Bréfritari: Björn Ólafsson
Viðtakandi: Jón Borgfirðings Jónsson
Dagsetning: A-1866-12-28
Skrifað á: Ytri-Hlíð  N-Múl.
Óvíst

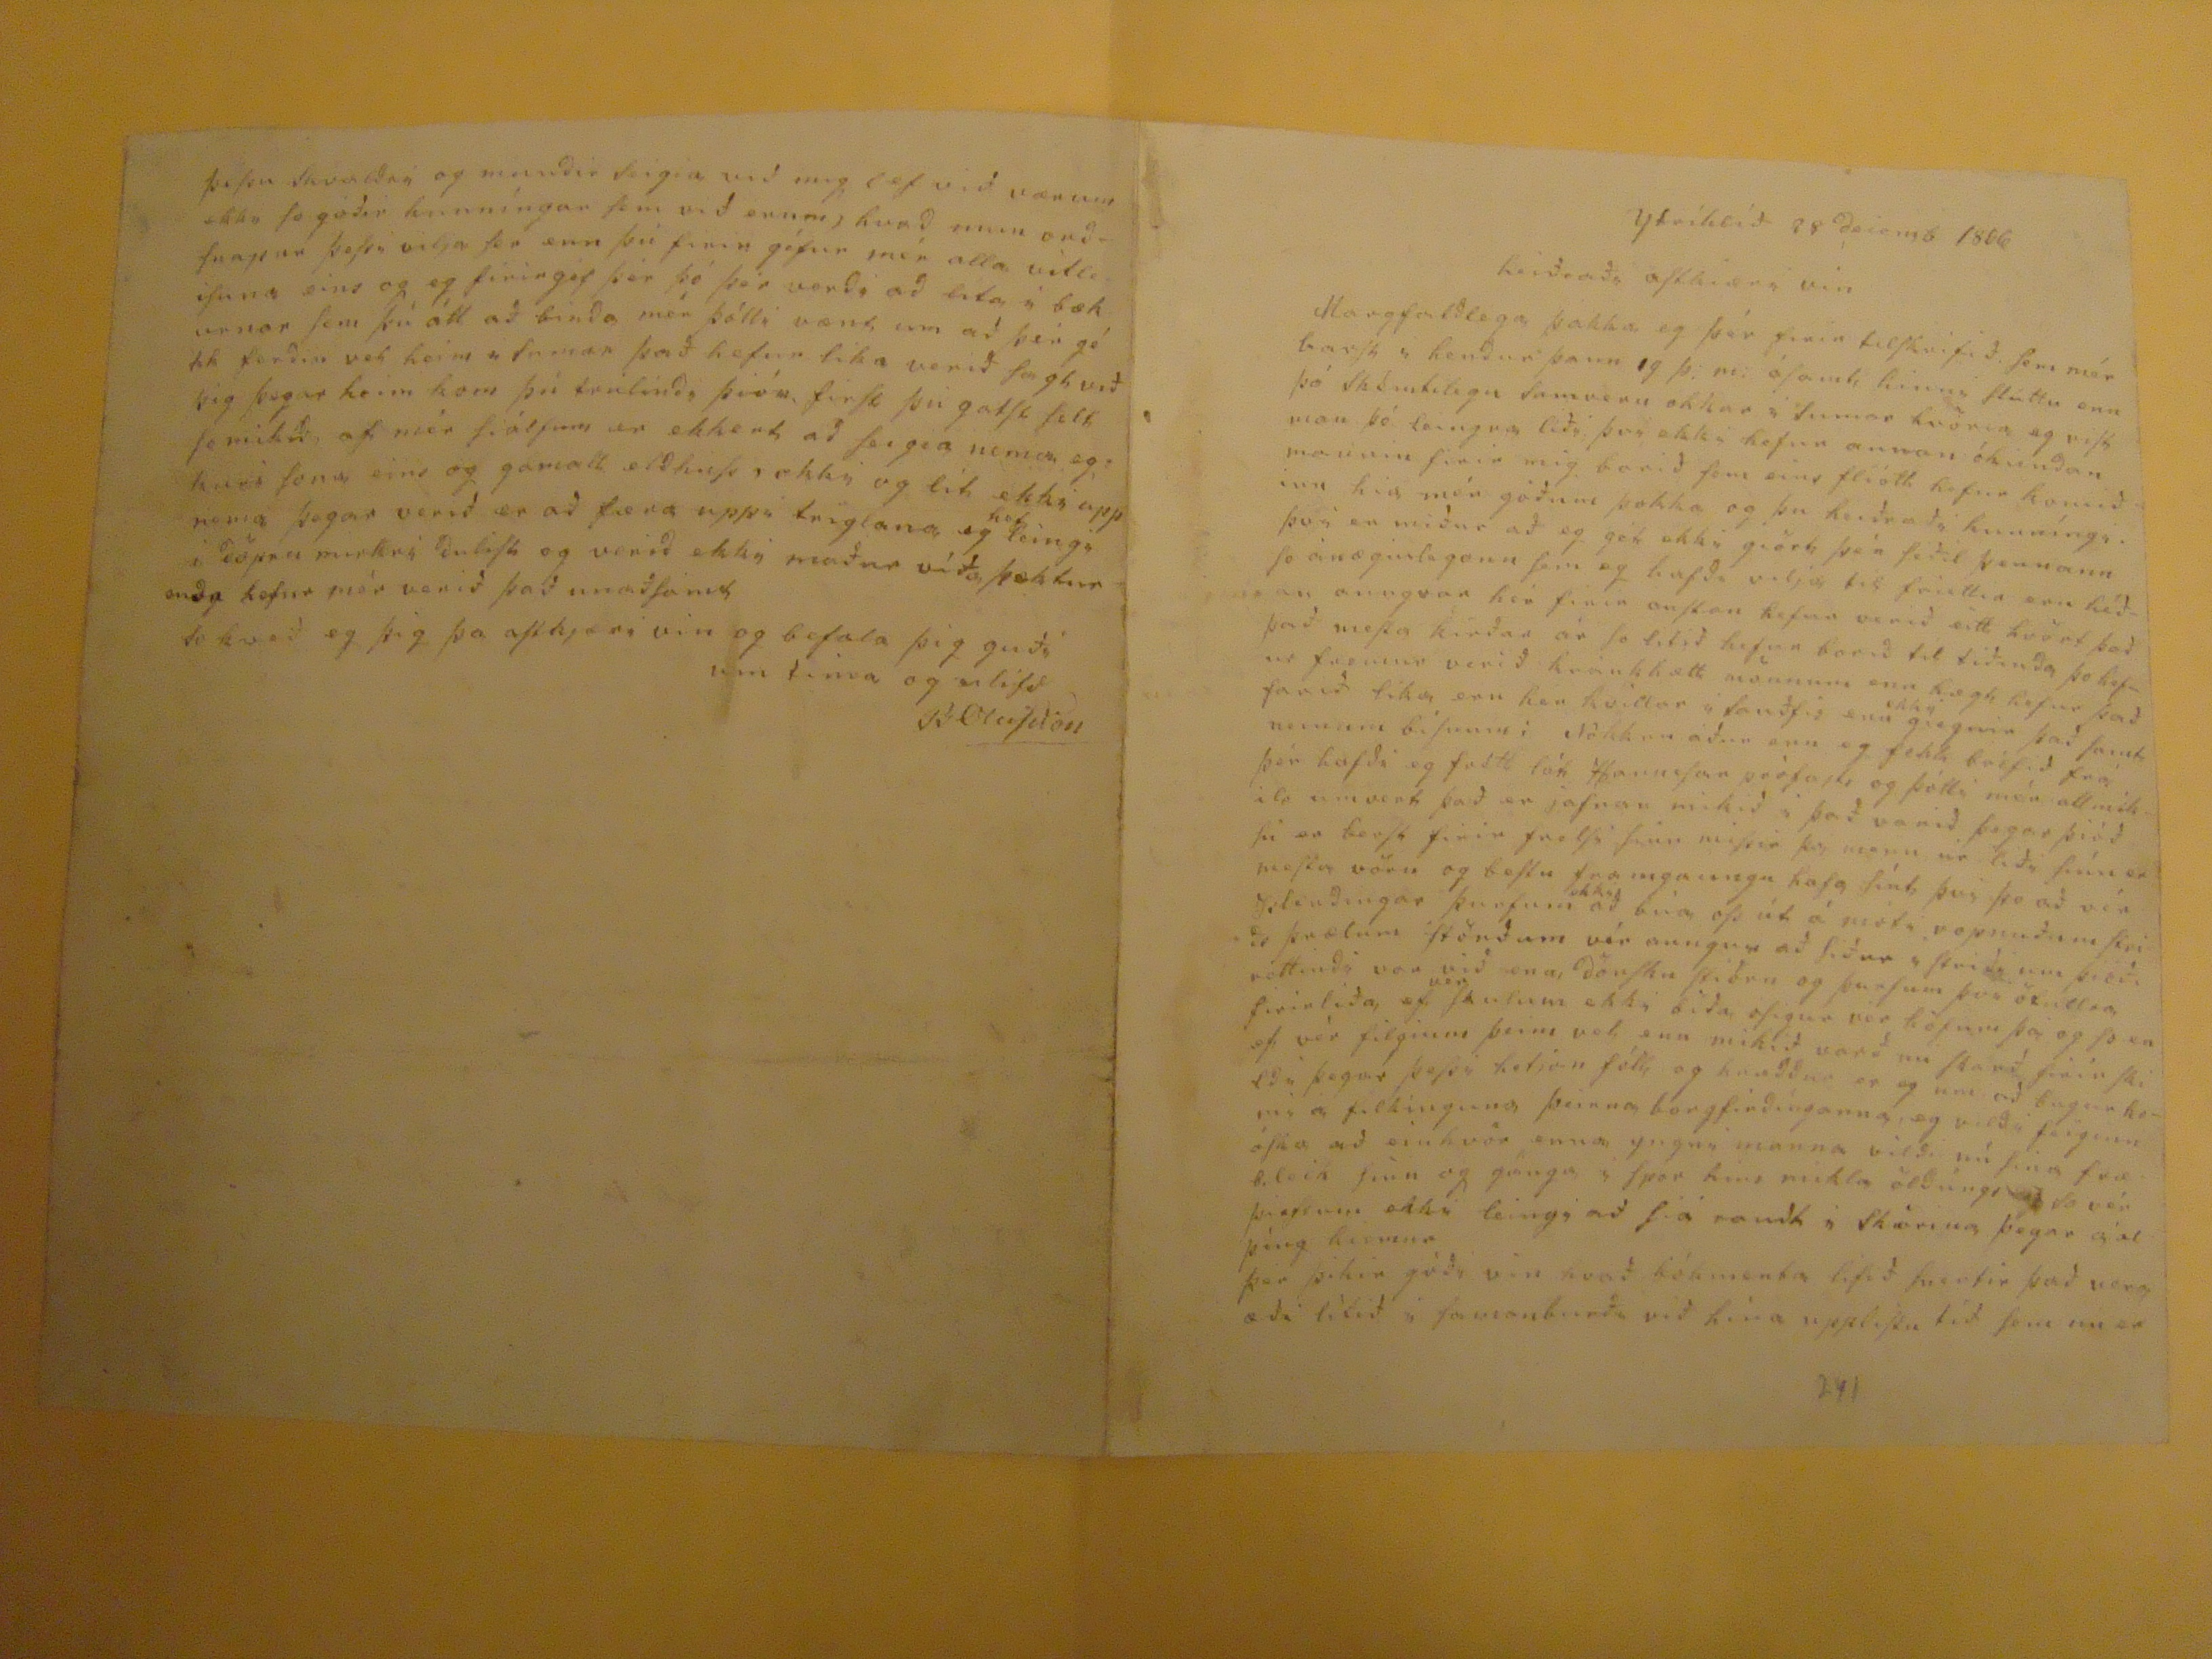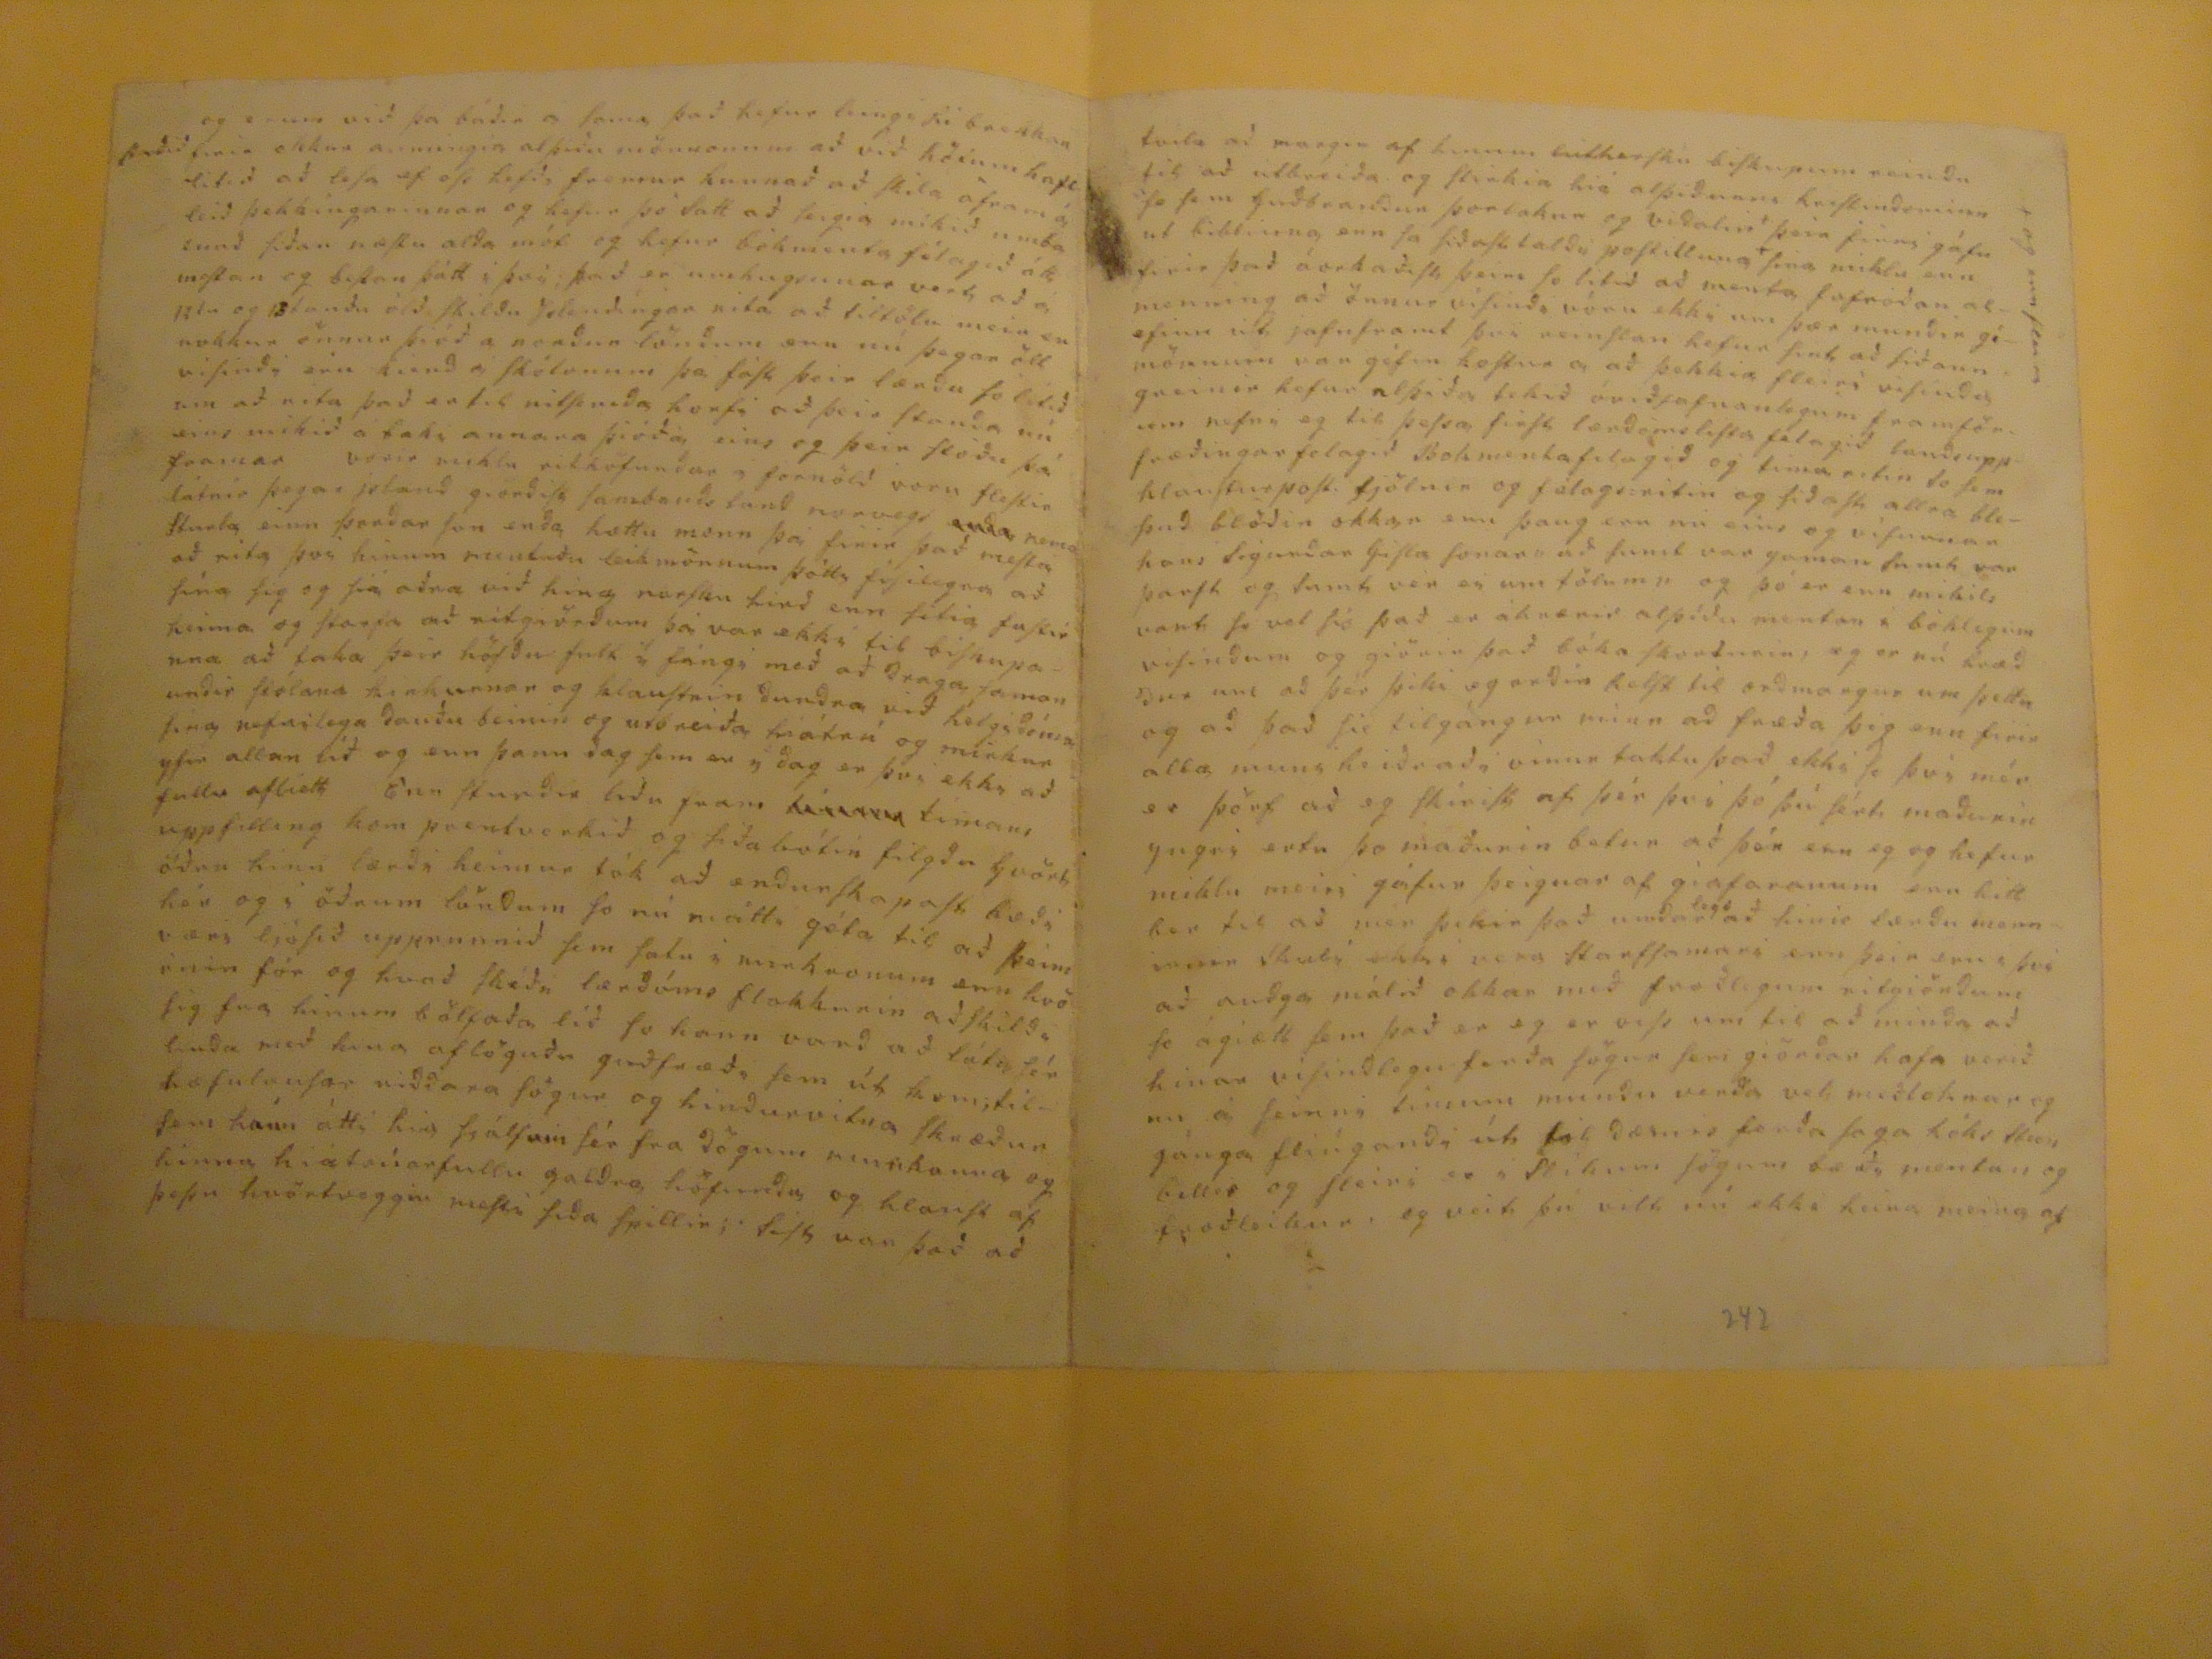

Ytrí hlíð 28 decemb 1866
heiðraði astkiæri vin
Margfaldlega þakka eg þér firir tilskrifið, semmér barst i hendur þann 19 þ.m: ásamt hinni slúttu enn þó skémtilegu samveru okkar i sumar hvöria eg vist man þó
leingur
líði því ekki hefur annan
óhiendan
mannin firir mig borið sem eins fliótt hefur komið inn hia mér góðum þokka og þu heiðraði kunníngi. so ánægiulegann sem eg hafði vilja til friettir eru héðan aungvar hér firir austan hefur verið eitt hvört það það mesta kirðar ár so litið hefur borið til tiðinda þo hefur fremur verið
kránkhætt
mönnum enn hægt hefur það farið líka eru hér
kvillur
i sauðfé enn
ekki
giegnir það samt
nemum bísunmi
Nokkru áður enn eg fekk bréfið frá þér hafði eg frétt
lót
Hannesar própfasti og þótti mér all mikið um vert það er jafnan mikið i það varið þegar þióð sú er berst firir frelsi sinu missir
þa
menn úr liði sínu er mesta vörn og bestu framgaungu hafa sínt þvi þo að vér Islendingar þurfum
ekki
að búa oft út á móti vopnuðum
striðs
þrælum stöndum vér aungvu að siður i striði um þióðréttindi var við enn, dönsku stiórn og þurfum þvi ötullra firirliða, ef
ver
sáusum
ekki biða ósigur vér höfum þá og so er ef vér filgium þeim vel, enn mikið varð nú skarð firir skildi þegar þessi hetjan féll og
handdur
er eg um að bugur komi á filkinguna þeirra borgfirðínganna, eg vildi feiginn óska að einhvör enna yngri manna vildi nú sina fræðileik sina pg gánga i spor hins mikla öldúngs so vér
þiastum
ekki leingi að sia
ramt
i skörina þegar a alþíng kiemur þér þikir góði vin hvað bókmenta lifið snertir það vergæði lítið i samanburði við hina upplistu til sem nú er
241
og erum við þa báðir á sama það hefur leingi
ki brekkan staðið
firir okkur aumingia alþiðu mönnonum að við höfum haft litið að lesa ef oss hefði fremur kunnað að skila áfram á leið þekkíngarinnar og hefur þó satt að seigia mikið
umbainað
siðan næstu alda mót og hefur bókmenta félagið átt mestan og bestan þátt i þvi ; það er umhugsunar vert að á
12tu og 13tandu
öld skildu Islendingar rita að tiltölu meir en nokkur önnur þióð a norður löndum enn nú þegar öll visindi eru
kiend
á skólonum þá fást þeir lærðu só litið um að rita það er til nitsenda horfi að þeir standa nú eins mikið á taki annara þióða eins og þeir stóðu þá framar vorir miklu rithöfundar á fornöld voru flestir látnir þegar Island gierðist sambandsland norvegs
enda
nema Sturla einn þorðar son enda hættu menn þá firir það mesta að rita þvi hinum mentuðu leikmönnum þótti fisilegra að sína sig og siáaðra við hina nærstu hirð enn sitia fastir heima og starfa að ritgiörðum þá var ekki til biskupanna að taka þeir höfðu fult í fángi með að draga saman undir
stólana hiákunnar
og klaustrin dundra við helgidóma sina nefnilega dauðu beinin og utbreiða hiátrú og mirkur yfir allan líð og enn þann dag sem er i ag er þvi ekki að fullu afiett Enn stundir liðu fram
tímann
tímans uppfilling kom prentverkið og siða bókin filgdu hvört öðru hinn lærði heimur tók að endurskapast bæði hér og i öðrum löndum so nú máttu géta til að þeim væri ljósið upprunnið sem satu i
minhvonum
enn hvörnin fór og hvað skéði lærdóms flokkurin aðskildi sig fra hinum bölfaða lið so hann varð að láta sér linda með hana aflöguðu guðfræða sem út kom; tilhæfulausar niððara sögur og hindurvitna skræður sem hann átti hia siálfum sér fra sögum
menakoma
og hinna hiátrúarfullu galdra höfundu og hlaust af þessu hvörtveggia mesti siða spillir ; sist var það að
tvila að margir af hinum
????
biskupum reindu til að útbreiða og stirkia hiá alþiðunni kristindominn fe sem Guðbrandur Þorlakur og Vidalin þeir finni gáfu ut bibliuna enn so siðasttaldi postilluna sina miklu enn firir það áorkaðist þeim so litið að menta fafroðan almenning að önnur visinda vóru ekki um þær mundir gíefinn út jafnframt þvi reinslan hefur sint að siðann mönnum var géfin kostur a að þekkia fleiri visinda greinir hefur alþiða tekið óviðjafnanlegum framförum nefni eg til þessa first lærdómslista félagið landsuppfræðingarfelagið Bikmentafelagið og tima ritin so sem klausturpost fjölnir og félagaritin og
fiðalh
allra blesend blöðin okkar enn þaug eru nú eins og vífunnar hans Sigurðar Gisla sonar "að sumt var gaman sumt var þarst og sumt vér er um tölum" og þó er enn mikils vant so vel þó það er
áhrænir
alþíðu mentar á bóklegum visindum og giörir það bókaskortinn, og er nú kvæddur um að þér þiki og orðin helst til orðmargur um þetta og að það sie tilgangur minn að fræða þig enn firir alla muni heiðraði vinur taktu það ekki so því mér er þörf að eg skirist af þér þvi þó þú sért maðurin yngri ertu þo maðurin betri að þér enn eg og hefur miklu meiri gáfur þeignar af giafaraunum enn hitt bar til að mér þikir það undar
legt
að hinir lærðu menn
menn
skuli ekki vera starfsamari enn þeir eru i þvi að auðga málið okkar með fræðlegum ritgiörðum so ógiætt sem það er eg er viss um til að mida að hinar visindlegu ferða sögur sem giörðar hafa verið um á seinni timum mundu verða vel meðteknar og gánga fliúgandi út tók dæmi ferða saga
tóks stunbellir
og fleiri er i slikum sögum bædi mentun og froðleikur eg veit þú vilt nú ekki heira meira af
242
þessu skvaldri og mundir seigia við mig (ef við værum ekko so góðir kunníngar sem við erum) hvað
umm
orðsnapur þessi vilja þá enn þú firir géfur mér alla vitleisuna eins og eg firirgéf þér þó þeir verði að bita í bækurnar sem þú átt að binda mér þótti vænt um að þér géti forðin vel heim i sumar það hefur lika verið sagt við þig þegar heim kom þú trúlindi þión first þú gatst selt so mikið af mér er ekkert að seigia nema eg
huri sona
eins og gamall eldhussrokki og lit ekki upp nema þegar verið er að færa uppi triglana eg
hef
leingi i döpru mirkri dulist og verið ekki maður viða þektur enda hefur mér verið það unaðdsamt so kveð eg þig þo astkjæri vin og befala þig guði um tima og eilífð
BOlafsson